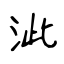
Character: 泚